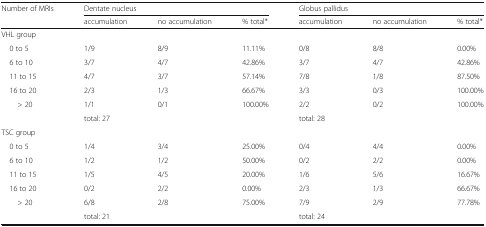
<table><thead><tr><td><b>Number of MRIs</b></td><td colspan="3"><b>Dentate nucleus</b></td><td colspan="3"><b>Globus pallidus</b></td></tr><tr><td></td><td><b>accumulation</b></td><td><b>no accumulation</b></td><td><b>% total*</b></td><td><b>accumulation</b></td><td><b>no accumulation</b></td><td><b>% total*</b></td></tr></thead><tbody><tr><td colspan="7">VHL group</td></tr><tr><td> 0 to 5</td><td>1/9</td><td>8/9</td><td>11.11%</td><td>0/8</td><td>8/8</td><td>0.00%</td></tr><tr><td> 6 to 10</td><td>3/7</td><td>4/7</td><td>42.86%</td><td>3/7</td><td>4/7</td><td>42.86%</td></tr><tr><td> 11 to 15</td><td>4/7</td><td>3/7</td><td>57.14%</td><td>7/8</td><td>1/8</td><td>87.50%</td></tr><tr><td> 16 to 20</td><td>2/3</td><td>1/3</td><td>66.67%</td><td>3/3</td><td>0/3</td><td>100.00%</td></tr><tr><td>&gt; 20</td><td>1/1</td><td>0/1</td><td>100.00%</td><td>2/2</td><td>0/2</td><td>100.00%</td></tr><tr><td></td><td>total: 27</td><td></td><td></td><td>total: 28</td><td></td><td></td></tr><tr><td colspan="7">TSC group</td></tr><tr><td> 0 to 5</td><td>1/4</td><td>3/4</td><td>25.00%</td><td>0/4</td><td>4/4</td><td>0.00%</td></tr><tr><td> 6 to 10</td><td>1/2</td><td>1/2</td><td>50.00%</td><td>0/2</td><td>2/2</td><td>0.00%</td></tr><tr><td> 11 to 15</td><td>1/5</td><td>4/5</td><td>20.00%</td><td>1/6</td><td>5/6</td><td>16.67%</td></tr><tr><td> 16 to 20</td><td>0/2</td><td>2/2</td><td>0.00%</td><td>2/3</td><td>1/3</td><td>66.67%</td></tr><tr><td>&gt; 20</td><td>6/8</td><td>2/8</td><td>75.00%</td><td>7/9</td><td>2/9</td><td>77.78%</td></tr><tr><td></td><td>total: 21</td><td></td><td></td><td>total: 24</td><td></td><td></td></tr></tbody></table>